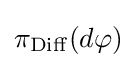
\pi _{\mathrm {Diff} }(d\varphi )